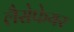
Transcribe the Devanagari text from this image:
लैसेफेयर